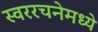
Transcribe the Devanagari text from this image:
स्वररचनेमध्ये